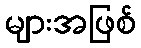
များအဖြစ်